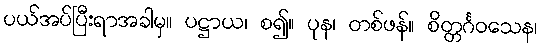
ပယ်အပ်ပြီးရာအခါမှ။ ပဋ္ဌာယ၊ စ၍။ ပုန၊ တစ်ဖန်။ စိတ္တင်္ဂဝသေန၊